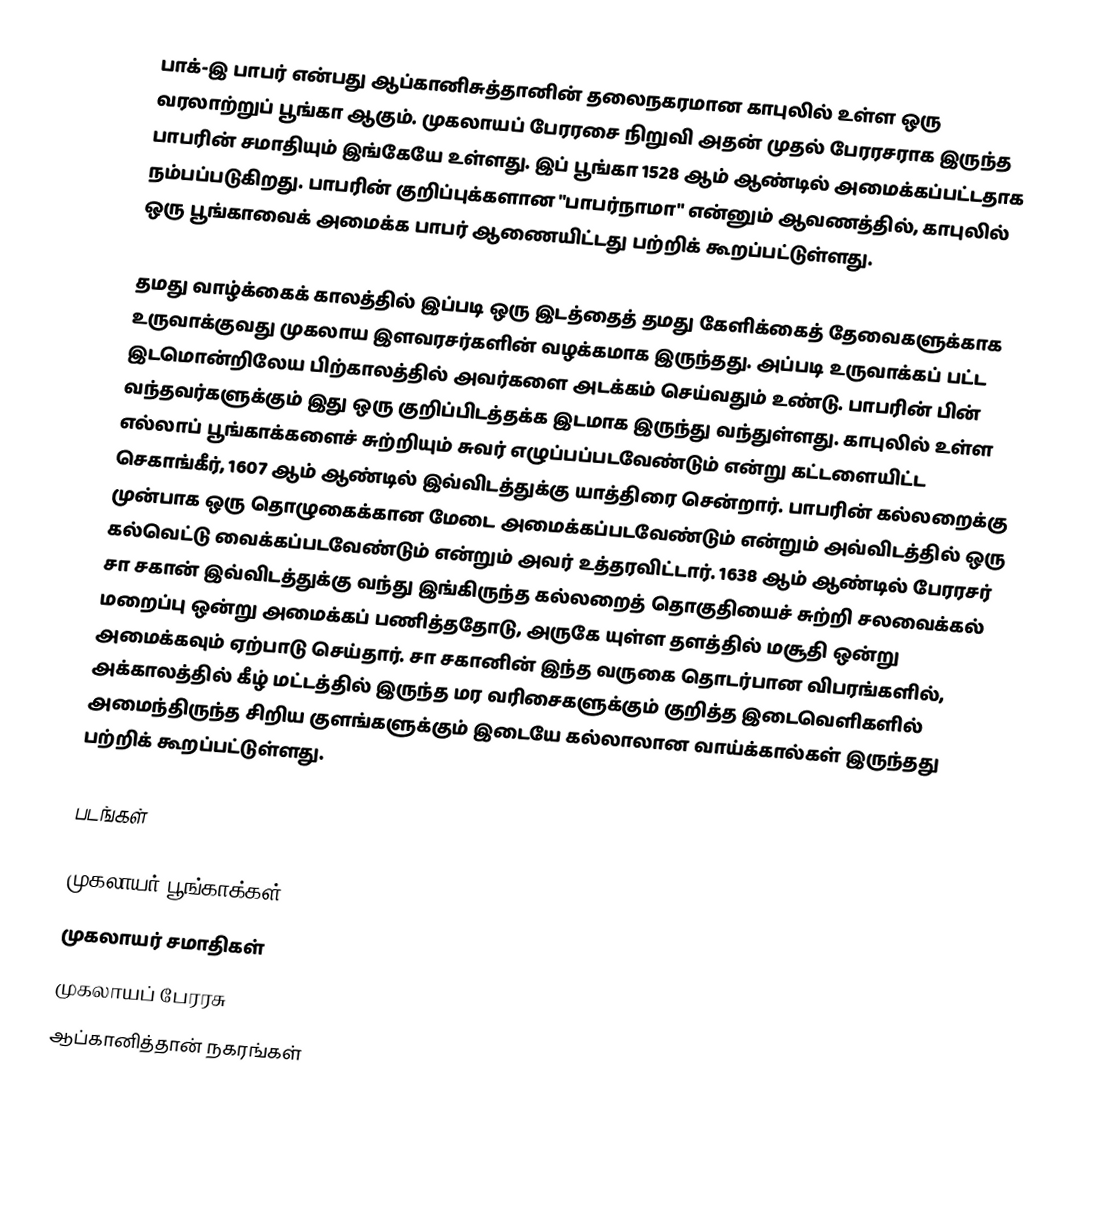
பாக்-இ பாபர் என்பது ஆப்கானிசுத்தானின் தலைநகரமான காபுலில் உள்ள ஒரு வரலாற்றுப் பூங்கா ஆகும். முகலாயப் பேரரசை நிறுவி அதன் முதல் பேரரசராக இருந்த பாபரின் சமாதியும் இங்கேயே உள்ளது. இப் பூங்கா 1528 ஆம் ஆண்டில் அமைக்கப்பட்டதாக நம்பப்படுகிறது. பாபரின் குறிப்புக்களான "பாபர்நாமா" என்னும் ஆவணத்தில், காபுலில் ஒரு பூங்காவைக் அமைக்க பாபர் ஆணையிட்டது பற்றிக் கூறப்பட்டுள்ளது.

தமது வாழ்க்கைக் காலத்தில் இப்படி ஒரு இடத்தைத் தமது கேளிக்கைத் தேவைகளுக்காக உருவாக்குவது முகலாய இளவரசர்களின் வழக்கமாக இருந்தது. அப்படி உருவாக்கப் பட்ட இடமொன்றிலேய பிற்காலத்தில் அவர்களை அடக்கம் செய்வதும் உண்டு. பாபரின் பின் வந்தவர்களுக்கும் இது ஒரு குறிப்பிடத்தக்க இடமாக இருந்து வந்துள்ளது. காபுலில் உள்ள எல்லாப் பூங்காக்களைச் சுற்றியும் சுவர் எழுப்பப்படவேண்டும் என்று கட்டளையிட்ட செகாங்கீர், 1607 ஆம் ஆண்டில் இவ்விடத்துக்கு யாத்திரை சென்றார். பாபரின் கல்லறைக்கு முன்பாக ஒரு தொழுகைக்கான மேடை அமைக்கப்படவேண்டும் என்றும் அவ்விடத்தில் ஒரு கல்வெட்டு வைக்கப்படவேண்டும் என்றும் அவர் உத்தரவிட்டார். 1638 ஆம் ஆண்டில் பேரரசர் சா சகான் இவ்விடத்துக்கு வந்து இங்கிருந்த கல்லறைத் தொகுதியைச் சுற்றி சலவைக்கல் மறைப்பு ஒன்று அமைக்கப் பணித்ததோடு, அருகே யுள்ள தளத்தில் மசூதி ஒன்று அமைக்கவும் ஏற்பாடு செய்தார். சா சகானின் இந்த வருகை தொடர்பான விபரங்களில், அக்காலத்தில் கீழ் மட்டத்தில் இருந்த மர வரிசைகளுக்கும் குறித்த இடைவெளிகளில் அமைந்திருந்த சிறிய குளங்களுக்கும் இடையே கல்லாலான வாய்க்கால்கள் இருந்தது பற்றிக் கூறப்பட்டுள்ளது.

படங்கள்

முகலாயர் பூங்காக்கள்
முகலாயர் சமாதிகள்
முகலாயப் பேரரசு
ஆப்கானித்தான் நகரங்கள்